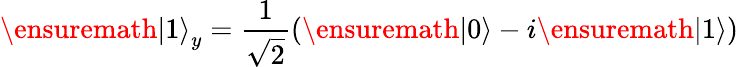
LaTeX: \ensuremath{|1\rangle}_{y}=\frac{1}{\sqrt{2}}(\ensuremath{|0\rangle}-i\ensuremath{|1\rangle})